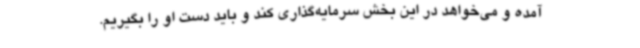
آمده و می‌خواهد در این بخش سرمایه‌گذاری کند و باید دست او را بگیریم.